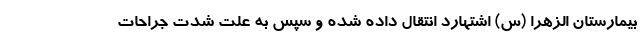
بیمارستان الزهرا (س) اشتهارد انتقال داده شده و سپس به علت شدت جراحات